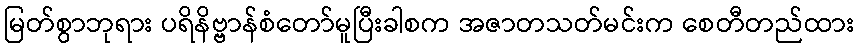
မြတ်စွာဘုရား ပရိနိဗ္ဗာန်စံတော်မူပြီးခါစက အဇာတသတ်မင်းက စေတီတည်ထား